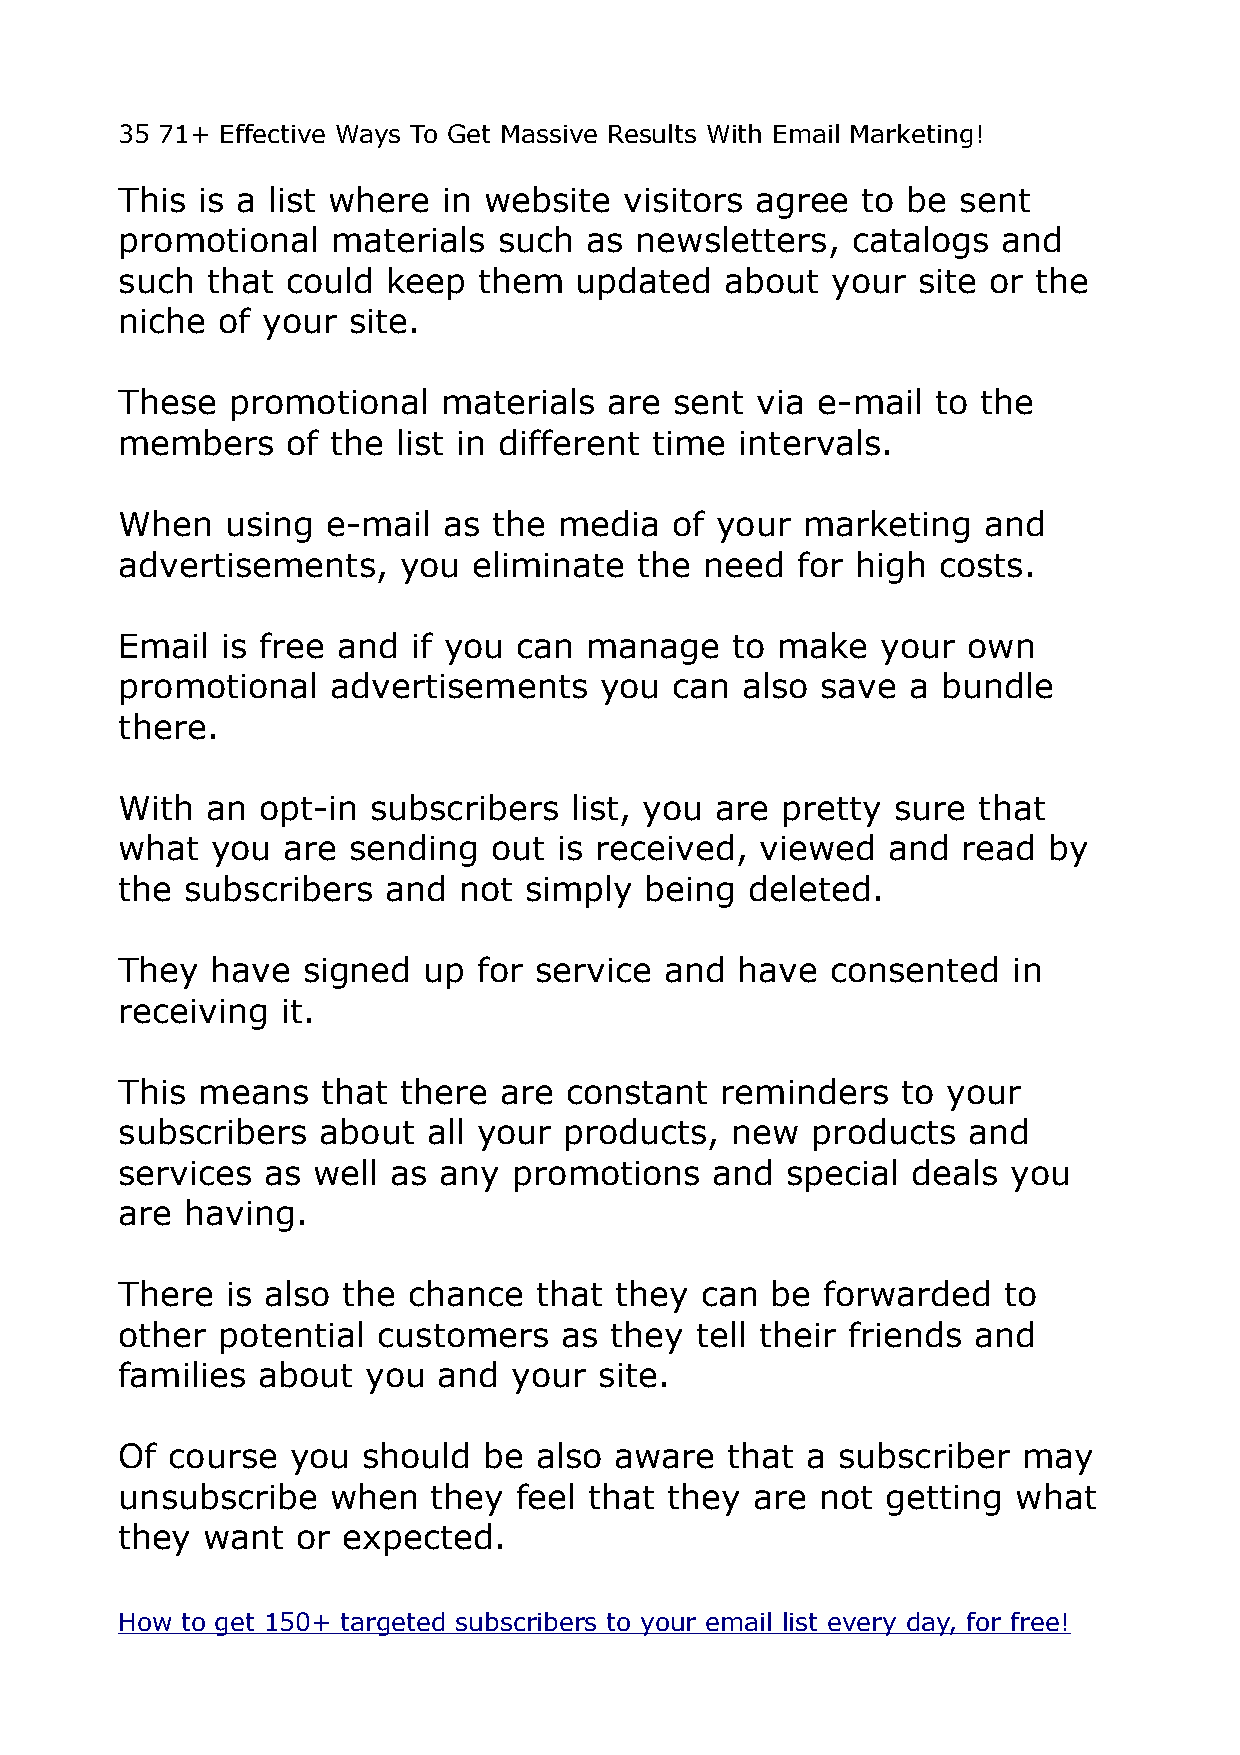
35 71+ Effective Ways To Get Massive Results With Email Marketing!
 This is a list where in website  visitors agree  to be sent
 promotional   materials  such  as newsletters,  catalogs  and
 such  that could  keep  them  updated   about  your  site or the
 niche of your  site.
 These  promotional   materials  are  sent via e-mail  to the
 members    of the list in different time intervals.
 When   using  e-mail as  the media  of your  marketing   and
 advertisements,   you  eliminate  the  need  for high costs.
 Email  is free and if you can  manage   to make   your  own
 promotional   advertisements    you  can also save  a bundle
 there.
 With  an opt-in subscribers   list, you are pretty sure  that
 what  you  are sending   out is received, viewed   and  read by
 the subscribers   and not  simply  being  deleted.
 They  have  signed  up  for service and  have  consented   in
 receiving  it.
 This means   that there  are constant   reminders   to your
 subscribers  about  all your products,  new   products  and
 services  as well as any  promotions   and  special deals  you
 are having.
 There  is also the chance   that they can  be  forwarded  to
 other potential  customers   as they  tell their friends and
 families about  you  and  your  site.
 Of course  you  should  be also  aware  that a subscriber   may
 unsubscribe   when   they feel that they  are not  getting what
 they  want  or expected.
 How to get 150+ targeted subscribers to your email list every day, for free!